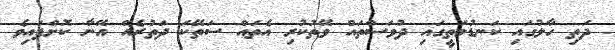
ދަތި ހާލުގައި ކަނޑުމަތީގައި ދުވަސްތައް ވޭތުކުރި އެތައް ސަތޭކަ ދަތުރެއް އޭނާ ކޮށްފައިވެ